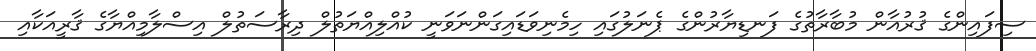
ސިފައިންގެ ޤުރުއާން މުބާރާތުގެ ފަނޑިޔާރުންގެ ޕެނަލުގައި ހިމެނިވަޑައިގަންނަވަނީ ކުއްލިއްޔަތުލް ދިރާސަތުލް އިސްލާމިއްޔާގެ ޤާރީއަކާއި